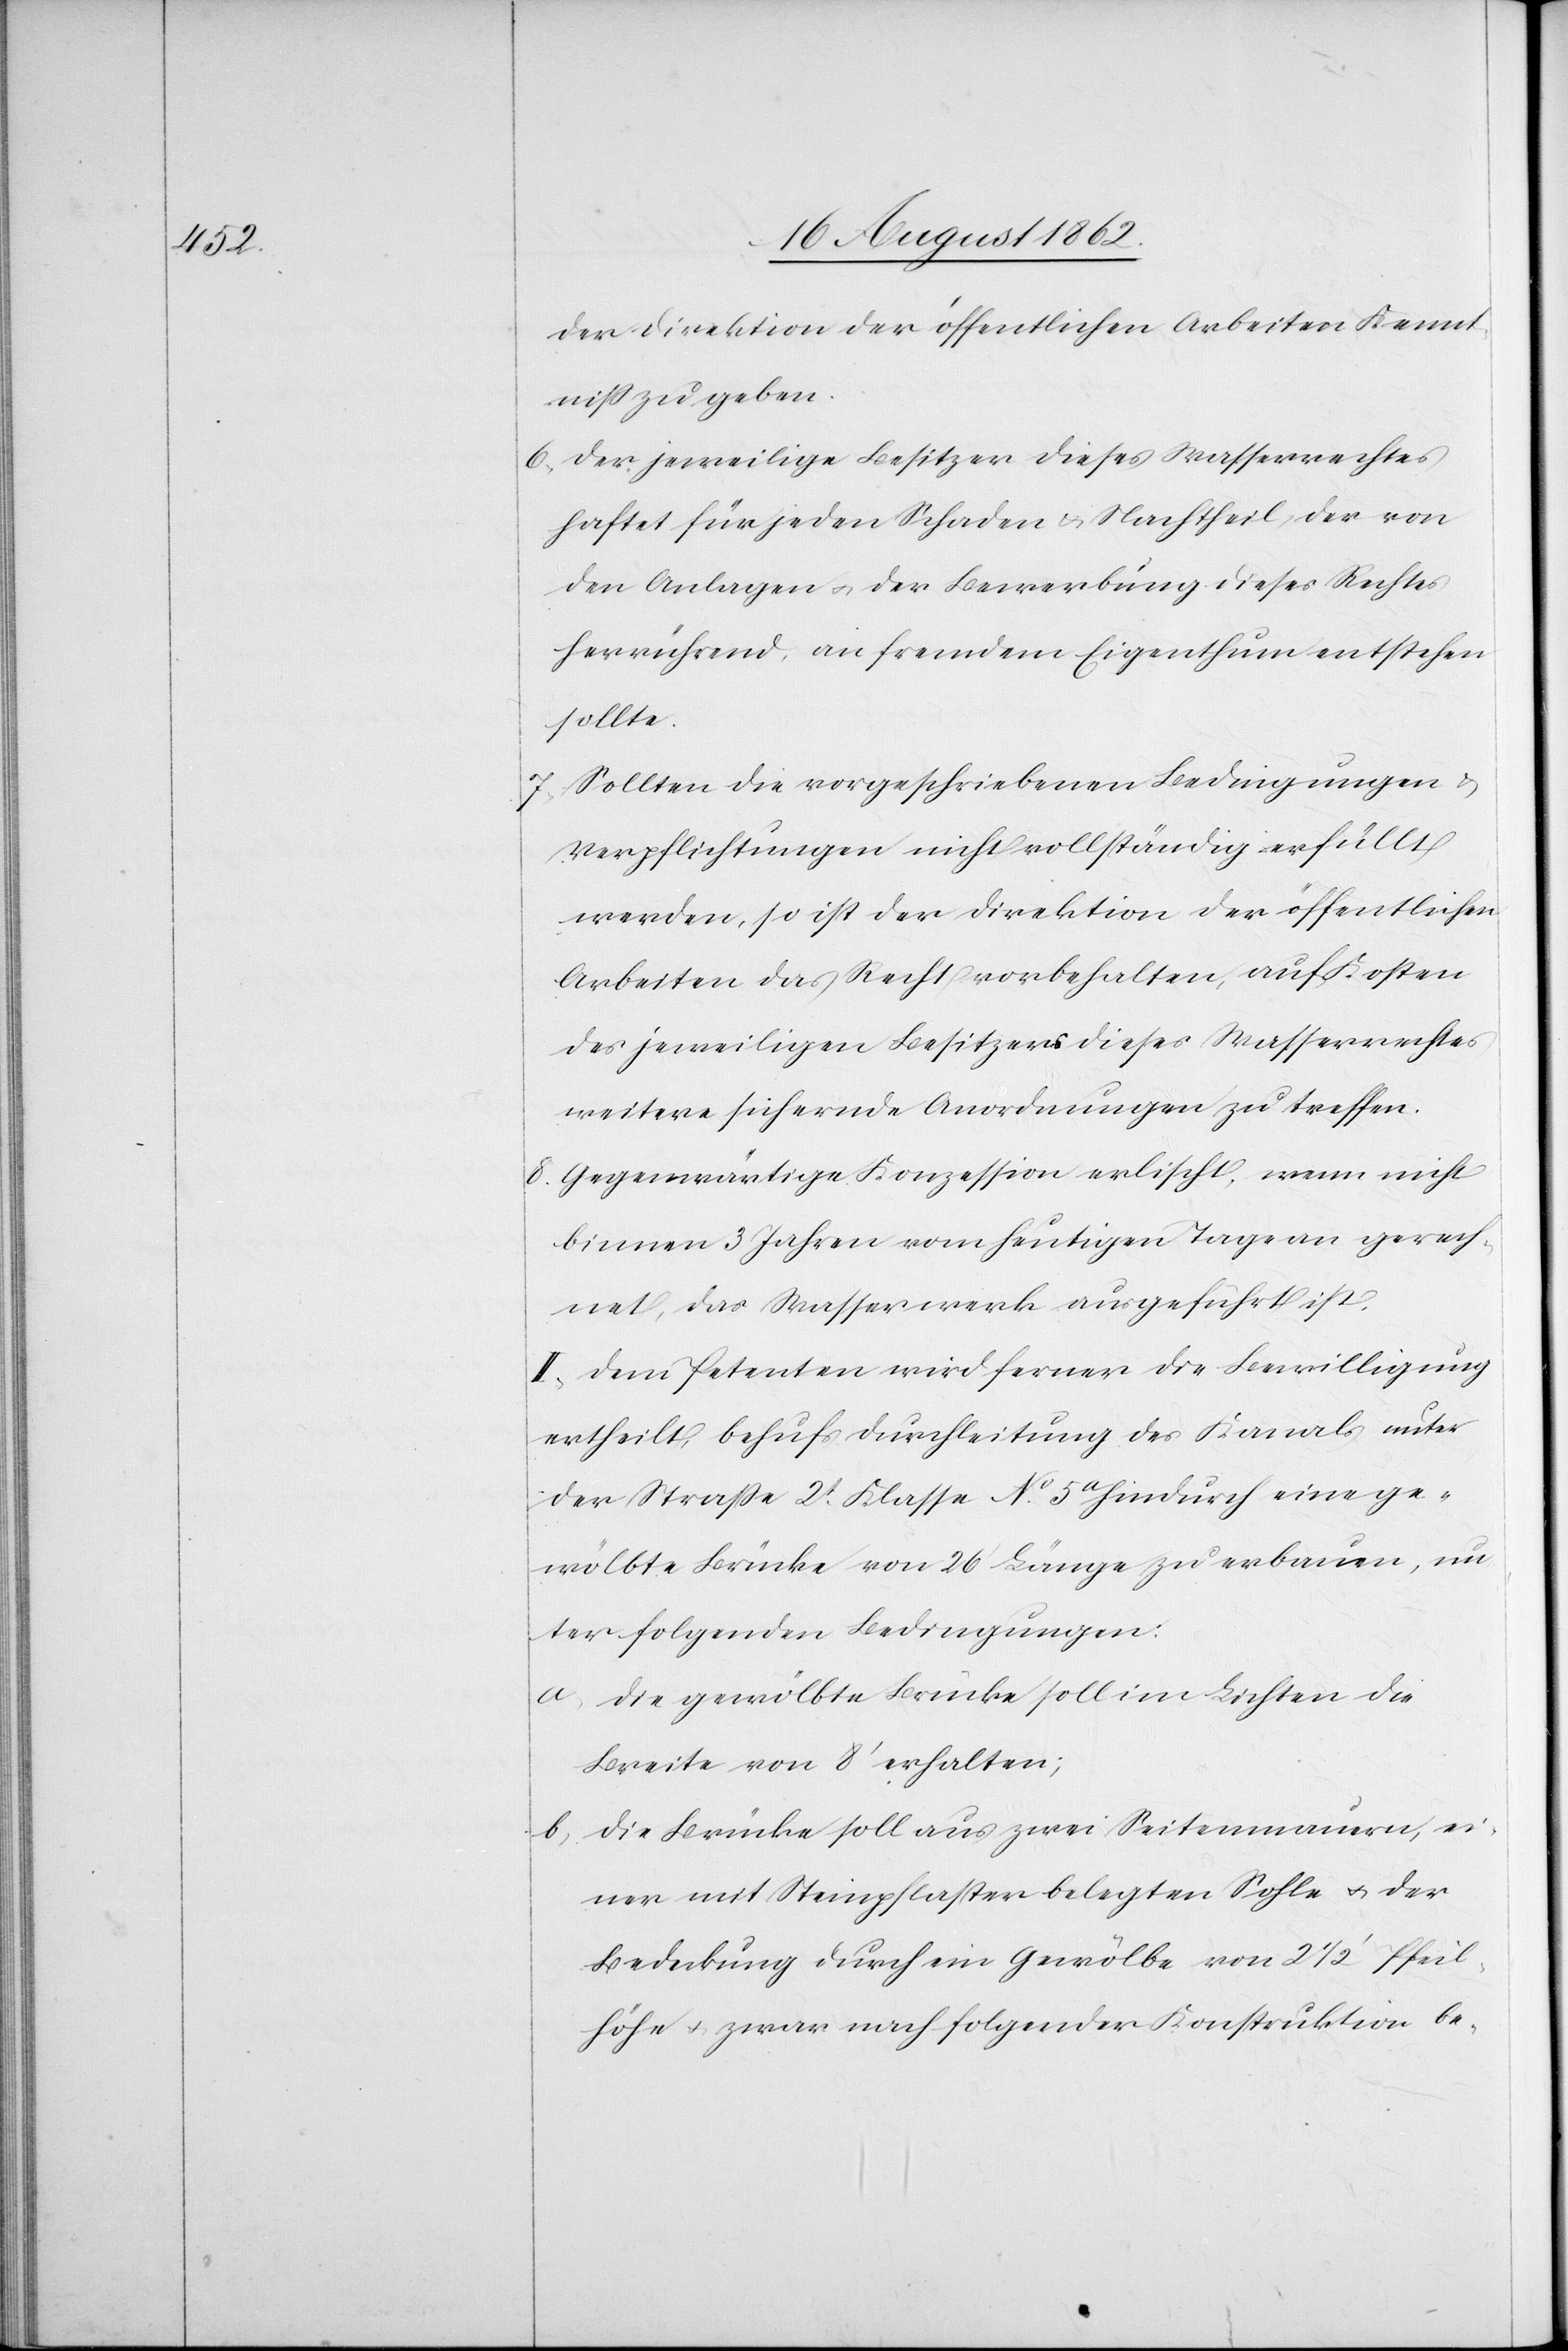
der Direktion der öffentlichen Arbeiten Kennt¬
niß zu geben.
6. Der jeweilige Besitzer dieses Wasserrechtes
haftet für jeden Schaden u. Nachtheil, der von
den Anlagen u. der Bewerbung dieses Rechtes
herrührend, an fremdem Eigenthum entstehen
sollte.
7. Sollten die vorgeschriebenen Bedingungen u.
Verpflichtungen nicht vollständig erfüllt
werden, so ist der Direktion der öffentlichen
Arbeiten das Recht vorbehalten, auf Kosten
des jeweiligen Besitzers dieses Wasserrechtes
weitere sichernde Anordnungen zu treffen.
8. Gegenwärtige Konzession erlischt, wenn nicht
binnen 3 Jahren vom heutigen Tage an gerech¬
net, das Wasserwerk ausgeführt ist.
II. Dem Petenten wird ferner die Bewilligung
ertheilt, behufs Durchleitung des Kanals unter
der Straße 2t Klasse No 5a hindurch eine ge¬
wölbte Brücke von 26’ Länge zu erbauen, un¬
ter folgenden Bedingungen:
a. Die gewölbte Brücke soll im Lichten die
Breite von 8’ erhalten;
b. Die Brücke soll aus zwei Seitenmauern, ei¬
ner mit Steinpflaster belegten Sohle u. der
Bedeckung durch ein Gewölbe von 2 1/2’ Pfeil¬
höhe u. zwar nach folgender Konstruktion be-